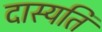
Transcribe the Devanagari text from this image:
दास्यति